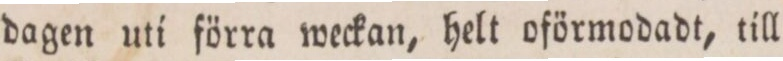
dagen uti förra weckan, helt oförmodadt, till